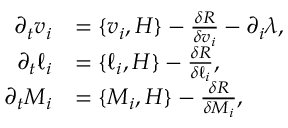
\begin{array} { r l } { \partial _ { t } v _ { i } } & { = \{ v _ { i } , H \} - \frac { \delta R } { \delta v _ { i } } - \partial _ { i } \lambda , } \\ { \partial _ { t } \ell _ { i } } & { = \{ \ell _ { i } , H \} - \frac { \delta R } { \delta \ell _ { i } } , } \\ { \partial _ { t } M _ { i } } & { = \{ M _ { i } , H \} - \frac { \delta R } { \delta M _ { i } } , } \end{array}